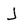
Character: j